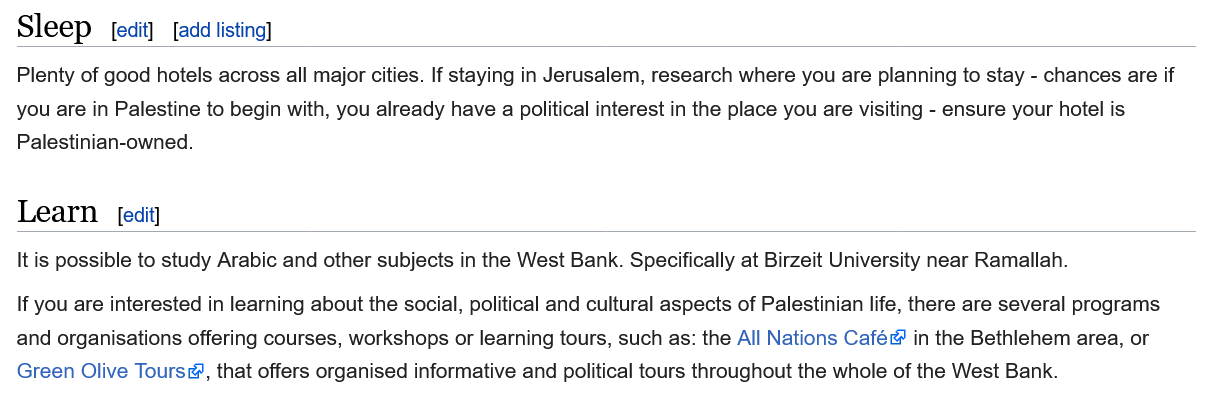
If you are interested in learning about the social, political and cultural aspects of Palestinian life, there are several programs
  and organisations offering courses, workshops or learning tours, such as: the All Nations Café in the Bethlehem area, or
  Green Olive Tours,  that offers organised informative and political tours throughout the whole of the West Bank.
  It is possible to study Arabic and other subjects in the West Bank. Specifically at Birzeit University near Ramallah.
  Plenty of good hotels across all major cities. If staying in Jerusalem, research where you are planning to stay -
     chances are if
  you are in Palestine to begin with, you already have a political interest in the place you are visiting - ensure your hotel is
  Palestinian-owned.
  Learn    [edit]
     [add listing] [edit] Sleep